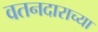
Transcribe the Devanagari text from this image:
वतनदाराच्या